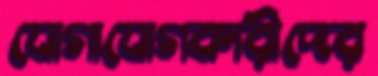
যোগাযোগকারীদের